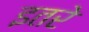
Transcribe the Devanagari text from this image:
इतरे